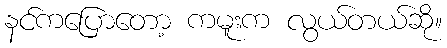
နင်ကပြောတော့ ကမူးက လွယ်တယ်ဆို။